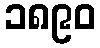
၁၈၉၀